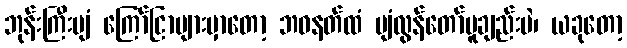
ဘုန်းကြီးပျံ ကြော်ငြာများမှာတော့ ဘဝနတ်ထံ ပျံလွန်တော်မူချည်းပဲ၊ ယခုတော့